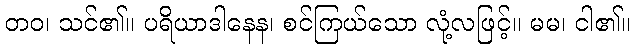
တဝ၊ သင်၏။ ပရိယာဒါနေန၊ စင်ကြယ်သော လုံ့လဖြင့်။ မမ၊ ငါ၏။